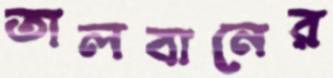
তালবানের